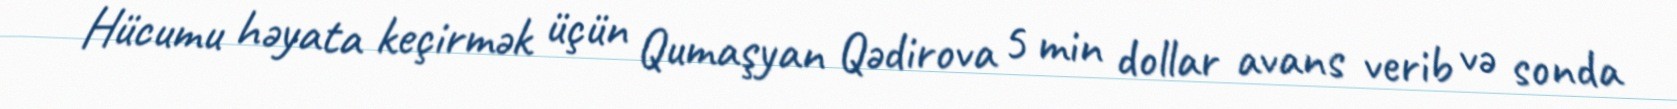
Hücumu həyata keçirmək üçün Qumaşyan Qədirova 5 min dollar avans verib və sonda